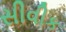
સીવીક